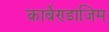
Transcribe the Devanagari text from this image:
कार्बेण्डाजिम